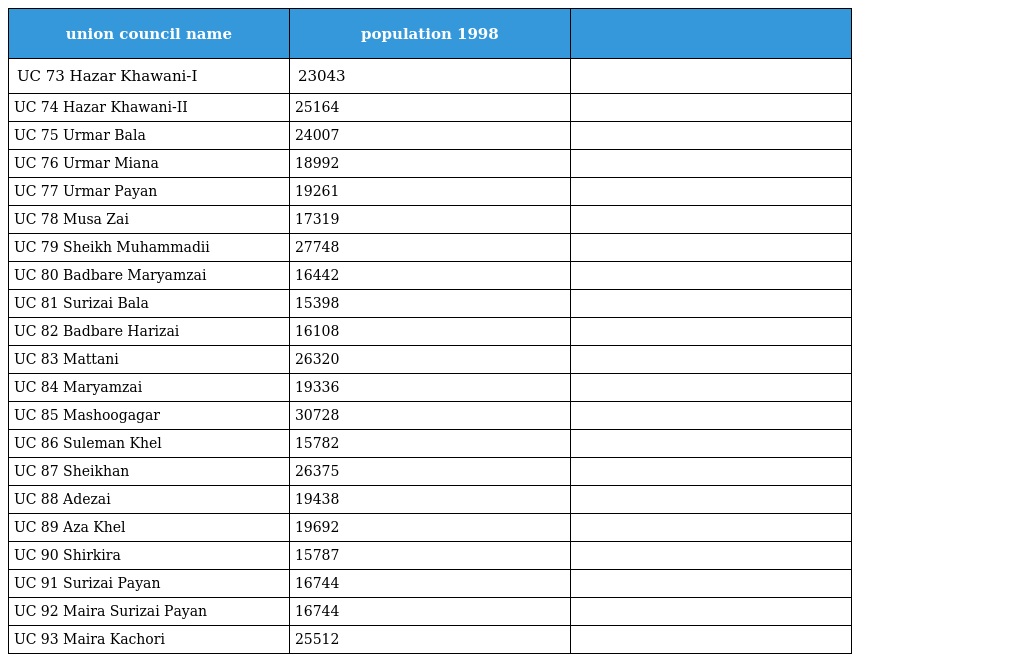
| union council name | population 1998 |  |
 | --- | --- | --- |
 | UC 73 Hazar Khawani-I | 23043 |  |
 | UC 74 Hazar Khawani-II | 25164 |  |
 | UC 75 Urmar Bala | 24007 |  |
 | UC 76 Urmar Miana | 18992 |  |
 | UC 77 Urmar Payan | 19261 |  |
 | UC 78 Musa Zai | 17319 |  |
 | UC 79 Sheikh Muhammadii | 27748 |  |
 | UC 80 Badbare Maryamzai | 16442 |  |
 | UC 81 Surizai Bala | 15398 |  |
 | UC 82 Badbare Harizai | 16108 |  |
 | UC 83 Mattani | 26320 |  |
 | UC 84 Maryamzai | 19336 |  |
 | UC 85 Mashoogagar | 30728 |  |
 | UC 86 Suleman Khel | 15782 |  |
 | UC 87 Sheikhan | 26375 |  |
 | UC 88 Adezai | 19438 |  |
 | UC 89 Aza Khel | 19692 |  |
 | UC 90 Shirkira | 15787 |  |
 | UC 91 Surizai Payan | 16744 |  |
 | UC 92 Maira Surizai Payan | 16744 |  |
 | UC 93 Maira Kachori | 25512 |  |